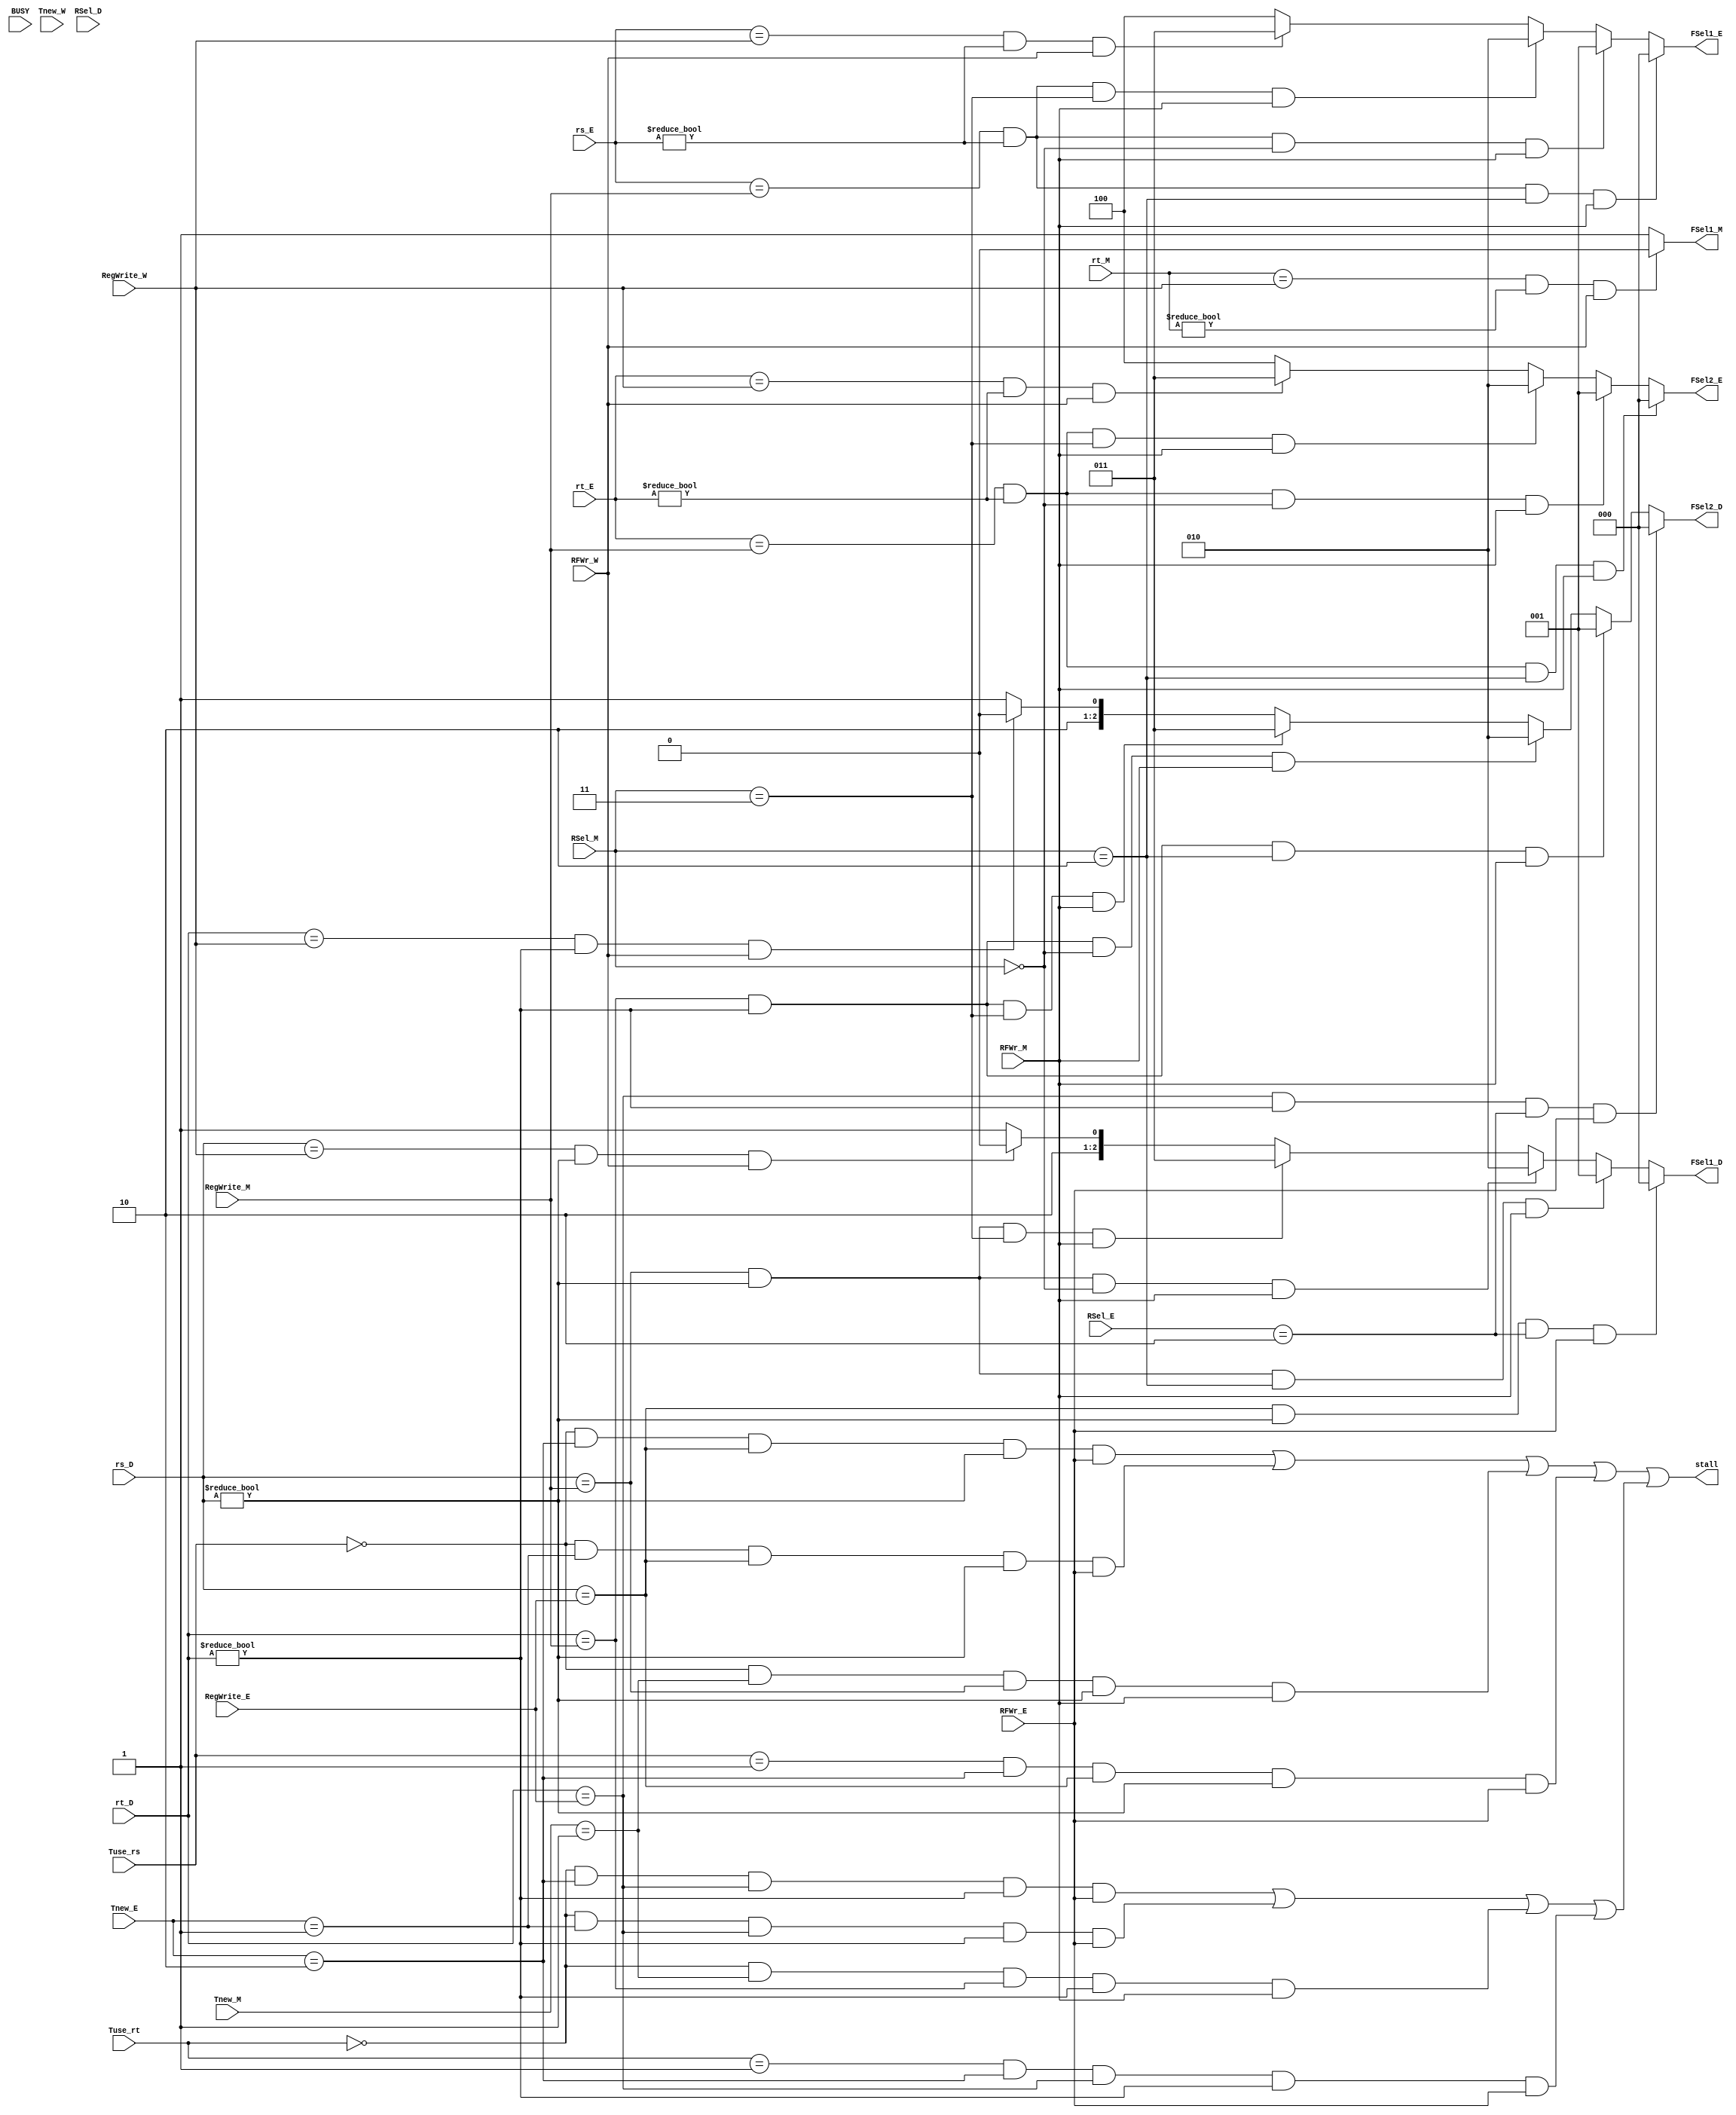
`timescale 1ns / 1ps
//////////////////////////////////////////////////////////////////////////////////
// Company: 
// Engineer: 
// 
// Design Name: 
// Module Name:    HAZARD 
// Project Name: 
// Target Devices: 
// Tool versions: 
// Description: 
//
// Dependencies: 
//
// Revision: 
// Revision 0.01 - File Created
// Additional Comments: 
//
//////////////////////////////////////////////////////////////////////////////////
module HAZARD(
    input [2:0] Tuse_rs,
    input [2:0] Tuse_rt,
    input [2:0] Tnew_E,
    input [2:0] Tnew_M,
	 input Tnew_W,
	 input [4:0] rs_D,
	 input [4:0] rt_D,
	 input [4:0] rs_E,
	 input [4:0] rt_E,
	 input [4:0] rt_M,
	 input [4:0] RegWrite_E,
	 input RFWr_E,
	 input [4:0] RegWrite_M,
	 input RFWr_M,
	 input [4:0] RegWrite_W,
	 input RFWr_W,
	 input [1:0] RSel_D,
	 input [1:0] RSel_E,
	 input [1:0] RSel_M,
	 input BUSY,
	 //input BR,
	 //input load,
    output stall,
    output [2:0] FSel1_D,
    output [2:0] FSel2_D,
    output [2:0] FSel1_E,
    output [2:0] FSel2_E,
    output FSel1_M
    );

wire stall_rs0_E2, stall_rs0_E1, stall_rs0_M1, stall_rs1_E2;
wire stall_rt0_E2, stall_rt0_E1, stall_rt0_M1, stall_rt1_E2;
wire stall_rs, stall_rt;

assign stall_rs0_E2 = (Tuse_rs == 3'b000) & (Tnew_E == 3'b010) & (rs_D == RegWrite_E) & (rs_D != 5'b0) & RFWr_E;
assign stall_rs0_E1 = (Tuse_rs == 3'b000) & (Tnew_E == 3'b001) & (rs_D == RegWrite_E) & (rs_D != 5'b0) & RFWr_E;
assign stall_rs0_M1 = (Tuse_rs == 3'b000) & (Tnew_M == 3'b001) & (rs_D == RegWrite_M) & (rs_D != 5'b0) & RFWr_M;
assign stall_rs1_E2 = (Tuse_rs == 3'b001) & (Tnew_E == 3'b010) & (rs_D == RegWrite_E) & (rs_D != 5'b0) & RFWr_E;
assign stall_rs = stall_rs0_E2 | stall_rs0_E1 | stall_rs0_M1 | stall_rs1_E2;

assign stall_rt0_E2 = (Tuse_rt == 3'b000) & (Tnew_E == 3'b010) & (rt_D == RegWrite_E) & (rt_D != 5'b0) & RFWr_E;
assign stall_rt0_E1 = (Tuse_rt == 3'b000) & (Tnew_E == 3'b001) & (rt_D == RegWrite_E) & (rt_D != 5'b0) & RFWr_E;
assign stall_rt0_M1 = (Tuse_rt == 3'b000) & (Tnew_M == 3'b001) & (rt_D == RegWrite_M) & (rt_D != 5'b0) & RFWr_M;
assign stall_rt1_E2 = (Tuse_rt == 3'b001) & (Tnew_E == 3'b010) & (rt_D == RegWrite_E) & (rt_D != 5'b0) & RFWr_E;
assign stall_rt = stall_rt0_E2 | stall_rt0_E1 | stall_rt0_M1 | stall_rt1_E2;

//wire branchstall;
//assign branchstall = (((rs_D == RegWrite_E) || (rt_D == RegWrite_E)) && RSel_E == 2'b00 && BR && RFWr_E) ||
//							(((rs_D == RegWrite_M) || (rt_D == RegWrite_M)) && RSel_M == 2'b01 && BR && RFWr_M);

//wire lwstall;							
//assign lwstall = (((rs_D == RegWrite_E) || (rt_D == RegWrite_E)) && RSel_E == 2'b01 && RFWr_E) || 
//					  (((rs_E == RegWrite_M) || (rt_E == RegWrite_M)) && RSel_M == 2'b01 && RFWr_M);

//wire jrstall;
//assign jrstall = ((rs_D == RegWrite_E) && RFWr_E && RSel_E == 2'b00 && RSel_D == 2'b10) || ((rs_D == RegWrite_M) && RFWr_M && RSel_M == 2'b01 && RSel_D == 2'b10);

assign stall = stall_rs | stall_rt ;

assign FSel1_D = (rs_D == RegWrite_E && rs_D != 5'b0 && RSel_E == 2'b10 && RFWr_E == 1) ? 3'b000 ://PC4_E
					  (rs_D == RegWrite_M && rs_D != 5'b0 && RSel_M == 2'b10 && RFWr_M == 1) ? 3'b001 ://PC4_M
					  (rs_D == RegWrite_M && rs_D != 5'b0 && RSel_M == 2'b00 && RFWr_M == 1) ? 3'b010 ://ALUOUT_M
					  (rs_D == RegWrite_M && rs_D != 5'b0 && RSel_M == 2'b11 && RFWr_M == 1) ? 3'b011 ://MDdata_M
					  (rs_D == RegWrite_W && rs_D != 5'b0 && RFWr_W == 1) ? 3'b100 ://Result_W
					  3'b101;//RD1_D
					
assign FSel2_D = (rt_D == RegWrite_E && rt_D != 5'b0 && RSel_E == 2'b10 && RFWr_E == 1) ? 3'b000 ://PC4_E
					  (rt_D == RegWrite_M && rt_D != 5'b0 && RSel_M == 2'b10 && RFWr_M == 1) ? 3'b001 ://PC4_M
					  (rt_D == RegWrite_M && rt_D != 5'b0 && RSel_M == 2'b00 && RFWr_M == 1) ? 3'b010 ://ALUOUT_M
					  (rt_D == RegWrite_M && rt_D != 5'b0 && RSel_M == 2'b11 && RFWr_M == 1) ? 3'b011 ://MDdata_M
					  (rt_D == RegWrite_W && rt_D != 5'b0 && RFWr_W == 1) ? 3'b100 ://Result_W
					  3'b101;//RD2_D
		
assign FSel1_E = (rs_E == RegWrite_M && rs_E != 5'b0 && RSel_M == 2'b10 && RFWr_M == 1) ? 3'b000 ://PC4_M
					  (rs_E == RegWrite_M && rs_E != 5'b0 && RSel_M == 2'b00 && RFWr_M == 1) ? 3'b001 ://ALUOUT_M
					  (rs_E == RegWrite_M && rs_E != 5'b0 && RSel_M == 2'b11 && RFWr_M == 1) ? 3'b010 ://MDdata_M
					  (rs_E == RegWrite_W && rs_E != 5'b0 && RFWr_W == 1) ? 3'b011 ://Result_W
					  3'b100;//A1_E
					  
assign FSel2_E = (rt_E == RegWrite_M && rt_E != 5'b0 && RSel_M == 2'b10 && RFWr_M == 1) ? 3'b000 ://PC4_M
					  (rt_E == RegWrite_M && rt_E != 5'b0 && RSel_M == 2'b00 && RFWr_M == 1) ? 3'b001 ://ALUOUT_M
					  (rt_E == RegWrite_M && rt_E != 5'b0 && RSel_M == 2'b11 && RFWr_M == 1) ? 3'b010 ://MDdata_M
					  (rt_E == RegWrite_W && rt_E != 5'b0 && RFWr_W == 1) ? 3'b011 ://Result_W
					  3'b100;//A2_E0
					  
assign FSel1_M = (rt_M == RegWrite_W && rt_M != 5'b0 && RFWr_W == 1) ? 0 : 1;//Result_W, A2_M

endmodule